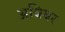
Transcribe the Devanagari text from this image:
अवियर